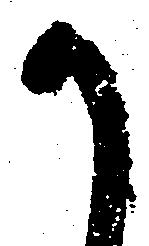
か